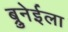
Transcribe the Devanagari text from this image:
ब्रुनेईला